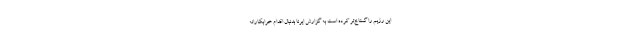
این رژیم را گستاخ‌تر کرده است به گزارش ایرنا بدنبال اقدام خرابکارانه